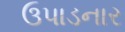
ઉપાડનાર